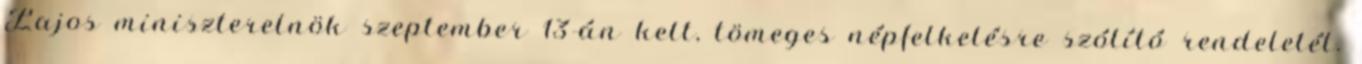
Lajos miniszterelnök szeptember 13-án kelt, tömeges népfelkelésre szólító rendeletét.